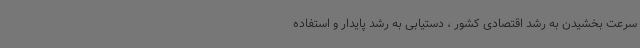
سرعت بخشیدن به رشد اقتصادی کشور ، دستیابی به رشد پایدار و استفاده